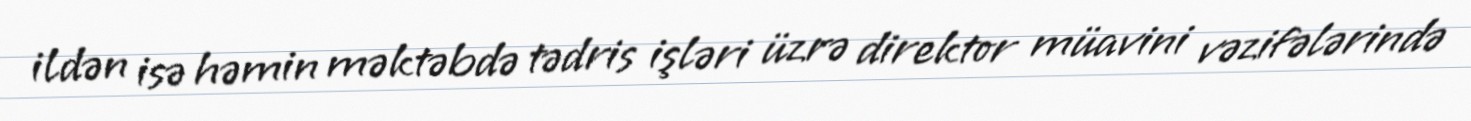
ildən isə həmin məktəbdə tədris işləri üzrə direktor müavini vəzifələrində